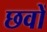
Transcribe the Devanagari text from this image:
छवों